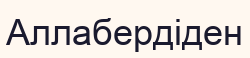
Аллабердіден